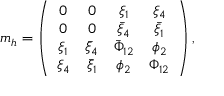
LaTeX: m _ { h } = \left( \begin{array} { c c c c } { { 0 } } & { { 0 } } & { { \xi _ { 1 } } } & { { \xi _ { 4 } } } \\ { { 0 } } & { { 0 } } & { { \bar { \xi } _ { 4 } } } & { { \bar { \xi } _ { 1 } } } \\ { { \xi _ { 1 } } } & { { \bar { \xi } _ { 4 } } } & { { \bar { \Phi } _ { 1 2 } } } & { { \phi _ { 2 } } } \\ { { \xi _ { 4 } } } & { { \bar { \xi } _ { 1 } } } & { { \phi _ { 2 } } } & { { \Phi _ { 1 2 } } } \end{array} \right) ,